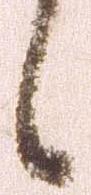
候